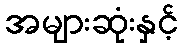
အများဆုံးနှင့်